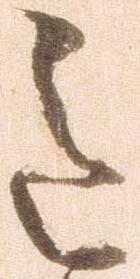
令